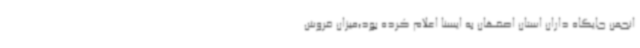
انجمن جایگاه داران استان اصفهان به ایسنا اعلام کرده بود؛میزان فروش